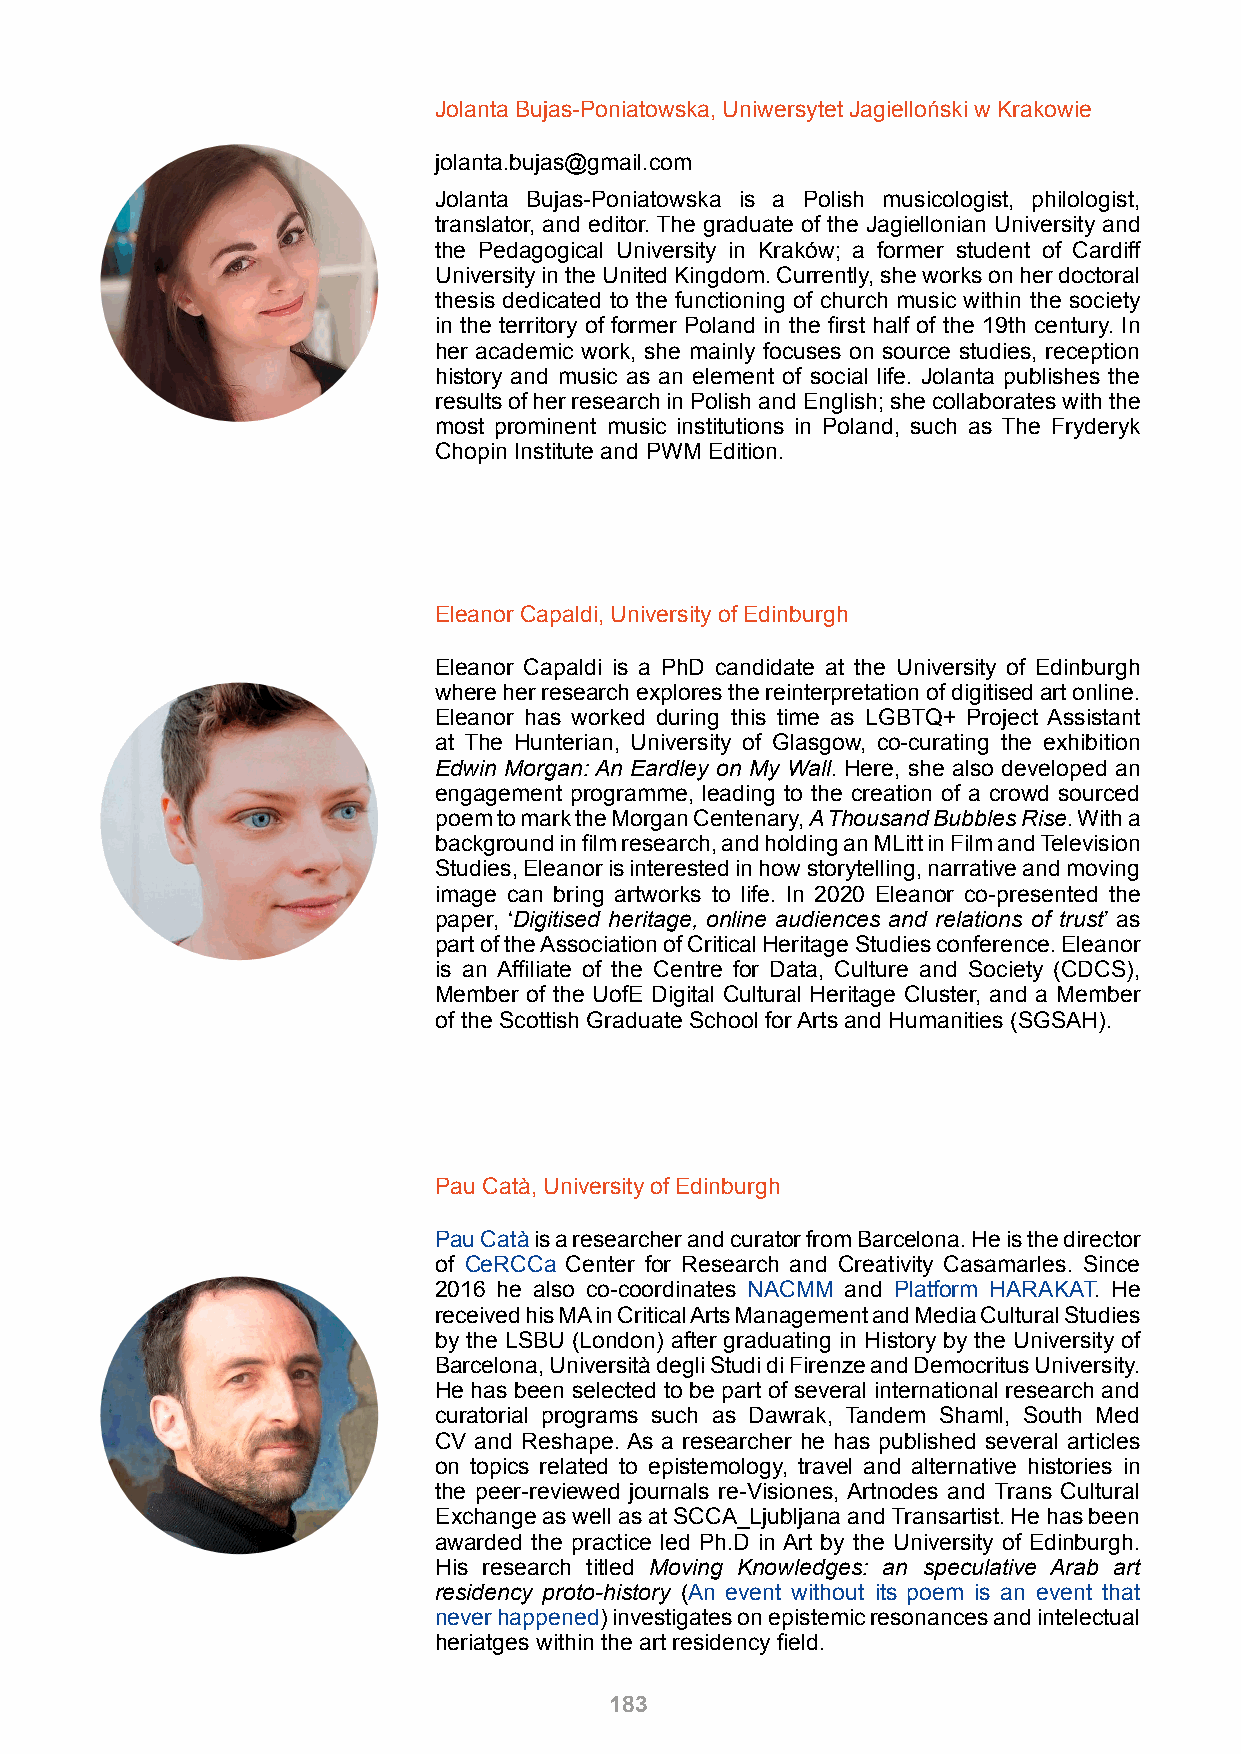
Jolanta Bujas-Poniatowska, Uniwersytet Jagielloński w Krakowie
 jolanta.bujas@gmail.com
 Jolanta Bujas-Poniatowska is a Polish musicologist, philologist,
 translator, and editor. The graduate of the Jagiellonian University and
 the Pedagogical University in Kraków; a former student of Cardiff
 University in the United Kingdom. Currently, she works on her doctoral
 thesis dedicated to the functioning of church music within the society
 in the territory of former Poland in the first half of the 19th century. In
 her academic work, she mainly focuses on source studies, reception
 history and music as an element of social life. Jolanta publishes the
 results of her research in Polish and English; she collaborates with the
 most prominent music institutions in Poland, such as The Fryderyk
 Chopin Institute and PWM Edition.
 Eleanor Capaldi, University of Edinburgh
 Eleanor Capaldi is a PhD candidate at the University of Edinburgh
 where her research explores the reinterpretation of digitised art online.
 Eleanor has worked during this time as LGBTQ+ Project Assistant
 at The Hunterian, University of Glasgow, co-curating the exhibition
 Edwin Morgan: An Eardley on My Wall. Here, she also developed an
 engagement programme, leading to the creation of a crowd sourced
 poem to mark the Morgan Centenary, A Thousand Bubbles Rise. With a
 background in film research, and holding an MLitt in Film and Television
 Studies, Eleanor is interested in how storytelling, narrative and moving
 image can bring artworks to life. In 2020 Eleanor co-presented the
 paper, ‘Digitised heritage, online audiences and relations of trust’ as
 part of the Association of Critical Heritage Studies conference. Eleanor
 is an Affiliate of the Centre for Data, Culture and Society (CDCS),
 Member of the UofE Digital Cultural Heritage Cluster, and a Member
 of the Scottish Graduate School for Arts and Humanities (SGSAH).
 Pau Catà, University of Edinburgh
 Pau Catà is a researcher and curator from Barcelona. He is the director
 of CeRCCa Center for Research and Creativity Casamarles. Since
 2016 he also co-coordinates NACMM and Platform HARAKAT. He
 received his MA in Critical Arts Management and Media Cultural Studies
 by the LSBU (London) after graduating in History by the University of
 Barcelona, Università degli Studi di Firenze and Democritus University.
 He has been selected to be part of several international research and
 curatorial programs such as Dawrak, Tandem Shaml, South Med
 CV and Reshape. As a researcher he has published several articles
 on topics related to epistemology, travel and alternative histories in
 the peer-reviewed journals re-Visiones, Artnodes and Trans Cultural
 Exchange as well as at SCCA_Ljubljana and Transartist. He has been
 awarded the practice led Ph.D in Art by the University of Edinburgh.
 His research titled Moving Knowledges: an speculative Arab art
 residency proto-history (An event without its poem is an event that
 never happened) investigates on epistemic resonances and intelectual
 heriatges within the art residency field.
 183